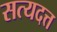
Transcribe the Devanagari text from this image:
सत्यदत्त